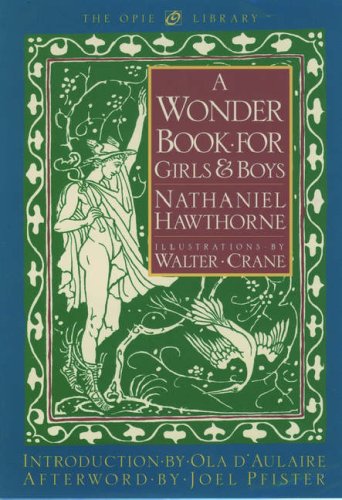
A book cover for A Wonder Book for Girls and Boys (The Iona and Peter Opie Library of Children's Literature); Nathaniel Hawthorne; Children's Books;